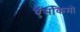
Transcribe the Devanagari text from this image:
ऍसकिमो